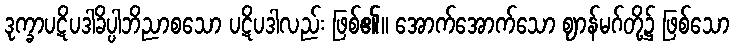
ဒုက္ခာပဋိပဒါခိပ္ပါဘိညာစသော ပဋိပဒါလည်း ဖြစ်၏။ အောက်အောက်သော ဈာန်မဂ်တို့၌ ဖြစ်သော